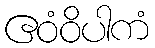
ဧဝံဝိပါကံ